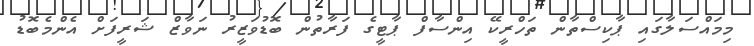
މިމައްސަލާގައި ޕާކިސްތާން ތަހްރީކޭ އިންސާފް ޕާޓީގެ ފަރާތުން ބޮޑުވަޒީރު ނަވާޒް ޝަރީފަށް އެންމެބޮޑު